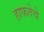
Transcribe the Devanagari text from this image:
हाफतेचे